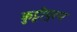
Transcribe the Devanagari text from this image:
कुट्टीपुरम